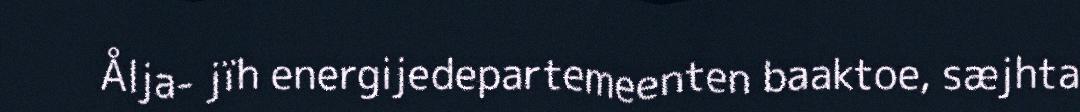
Ålja- jïh energijedepartemeenten baaktoe, sæjhta